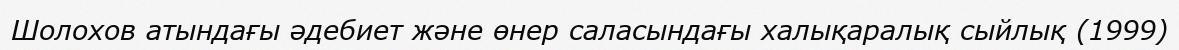
Шолохов атындағы әдебиет және өнер саласындағы халықаралық сыйлық (1999)